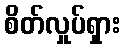
စိတ်လှုပ်ရှား